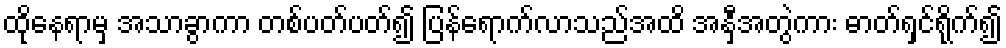
ထိုနေရာမှ အသာခွာကာ တစ်ပတ်ပတ်၍ ပြန်ရောက်လာသည်အထိ အနှီအတွဲကား ဓာတ်ရှင်ရိုက်၍